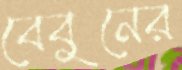
বেবুনের